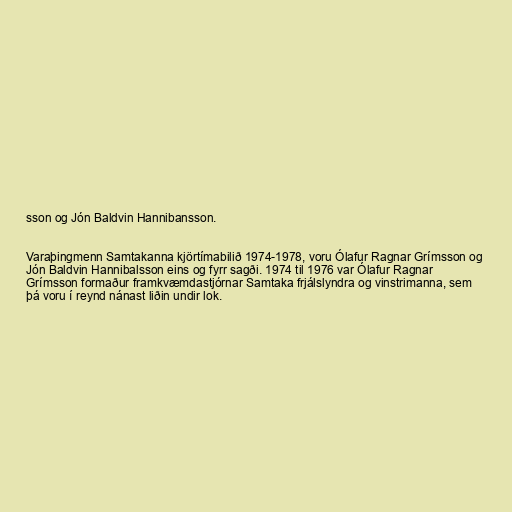
sson og Jón Baldvin Hannibansson.

Varaþingmenn Samtakanna kjörtímabilið 1974-1978, voru Ólafur Ragnar Grímsson og
Jón Baldvin Hannibalsson eins og fyrr sagði. 1974 til 1976 var Ólafur Ragnar
Grímsson formaður framkvæmdastjórnar Samtaka frjálslyndra og vinstrimanna, sem
þá voru í reynd nánast liðin undir lok.